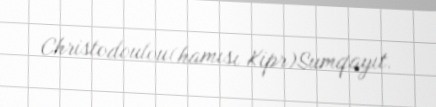
Christodoulou(hamısı Kipr)Sumqayıt.